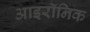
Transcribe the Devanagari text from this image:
आइरॉनिक